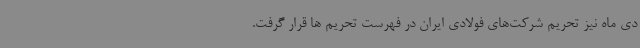
دی ماه نیز تحریم شرکت‌های فولادی ایران در فهرست تحریم ها قرار گرفت.